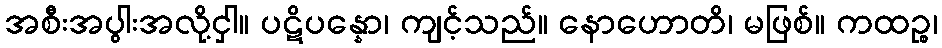
အစီးအပွါးအလို့ငှါ။ ပဋိပန္နော၊ ကျင့်သည်။ နောဟောတိ၊ မဖြစ်။ ကထဉ္စ၊